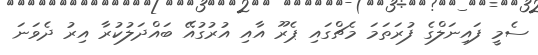
ސެމީ ފައިނަލްގެ ފުރަތަމަ މެޗްގައި ޕެރޫ އާއި އުރުގުއޭ ބައްދަލުކުރާ އިރު ދެވަނަ